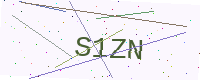
Text: S1ZN